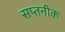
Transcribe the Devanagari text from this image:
सप्तनीक